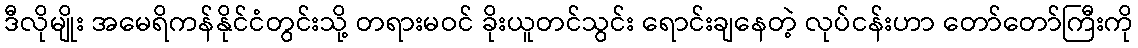
ဒီလိုမျိုး အမေရိကန်နိုင်ငံတွင်းသို့ တရားမဝင် ခိုးယူတင်သွင်း ရောင်းချနေတဲ့ လုပ်ငန်းဟာ တော်တော်ကြီးကို